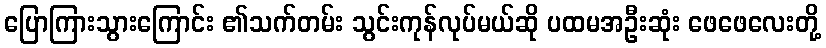
ပြောကြားသွားကြောင်း ၏သက်တမ်း သွင်းကုန်လုပ်မယ်ဆို ပထမအဦးဆုံး ဖေဖေလေးတို့